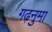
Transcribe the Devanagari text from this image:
गढ़नुमा